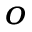
^ { o }